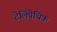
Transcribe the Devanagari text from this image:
टेलिपेथिक